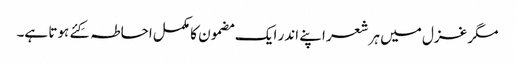
مگر غزل میں ہر شعر اپنے اندر ایک مضمون کا مکمل احاطہ کِئے ہوتا ہے۔